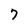
Character: 7